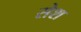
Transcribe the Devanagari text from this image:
सेश